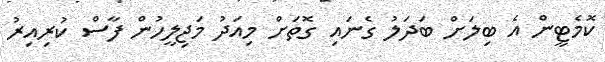
ކޮމެޓީން އެ ބިލަށް ބަދަލު ގެނައި ގޮތަށް މިއަދު މަޖިލީހުން ފާސް ކުރިއިރު